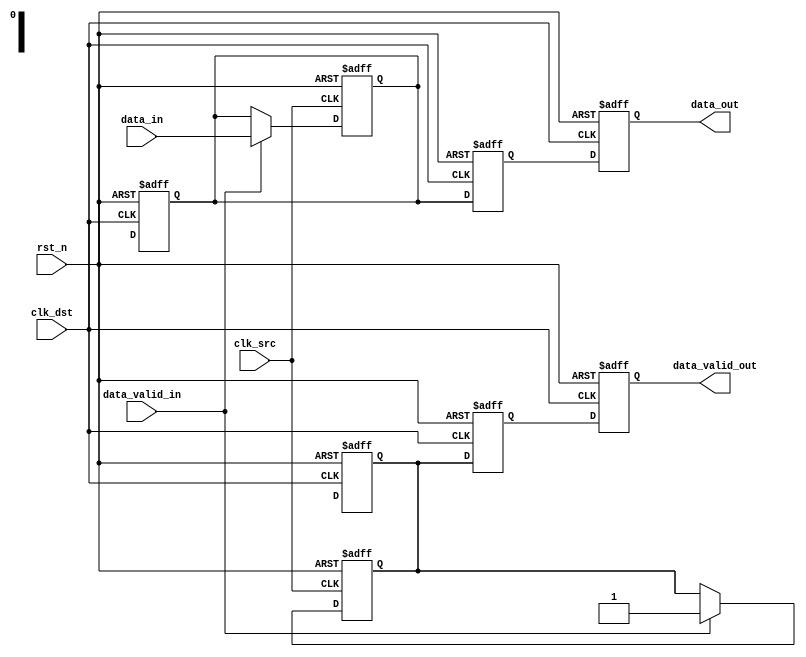
module MemoryBlocksPipelineSynchronizer #(
    parameter DATA_WIDTH = 8,        // Width of the data bus
    parameter PIPELINE_STAGES = 2     // Number of pipeline stages in the destination clock domain
)(
    input wire clk_src,               // Source clock
    input wire clk_dst,               // Destination clock
    input wire rst_n,                 // Asynchronous reset (active low)
    input wire [DATA_WIDTH-1:0] data_in, // Data input from source clock domain
    input wire data_valid_in,         // Valid signal for input data
    output reg [DATA_WIDTH-1:0] data_out, // Synchronized data output to destination clock domain
    output reg data_valid_out         // Valid signal for output data
);

    // Intermediate registers for pipeline stages
    reg [DATA_WIDTH-1:0] data_pipeline [0:PIPELINE_STAGES-1];
    reg data_valid_pipeline [0:PIPELINE_STAGES-1];

    // Capture data on the rising edge of clk_src
    always @(posedge clk_src or negedge rst_n) begin
        if (!rst_n) begin
            // Reset the pipeline registers
            data_pipeline[0] <= {DATA_WIDTH{1'b0}};
            data_valid_pipeline[0] <= 1'b0;
        end else if (data_valid_in) begin
            // Capture data when valid
            data_pipeline[0] <= data_in;
            data_valid_pipeline[0] <= 1'b1;
        end
    end

    // Synchronize data to the destination clock domain
    genvar i;
    generate
        for (i = 0; i < PIPELINE_STAGES; i = i + 1) begin : pipeline_stages
            always @(posedge clk_dst or negedge rst_n) begin
                if (!rst_n) begin
                    // Reset the pipeline registers
                    if (i == 0) begin
                        data_pipeline[i] <= {DATA_WIDTH{1'b0}};
                        data_valid_pipeline[i] <= 1'b0;
                    end else begin
                        data_pipeline[i] <= {DATA_WIDTH{1'b0}};
                        data_valid_pipeline[i] <= 1'b0;
                    end
                end else begin
                    if (i == 0) begin
                        // First stage captures data from the source clock domain
                        data_pipeline[i] <= data_pipeline[i-1];
                        data_valid_pipeline[i] <= data_valid_pipeline[i-1];
                    end else begin
                        // Subsequent stages just pass the data along
                        data_pipeline[i] <= data_pipeline[i-1];
                        data_valid_pipeline[i] <= data_valid_pipeline[i-1];
                    end
                end
            end
        end
    endgenerate

    // Output assignment
    always @(posedge clk_dst or negedge rst_n) begin
        if (!rst_n) begin
            data_out <= {DATA_WIDTH{1'b0}};
            data_valid_out <= 1'b0;
        end else begin
            data_out <= data_pipeline[PIPELINE_STAGES-1];
            data_valid_out <= data_valid_pipeline[PIPELINE_STAGES-1];
        end
    end

endmodule